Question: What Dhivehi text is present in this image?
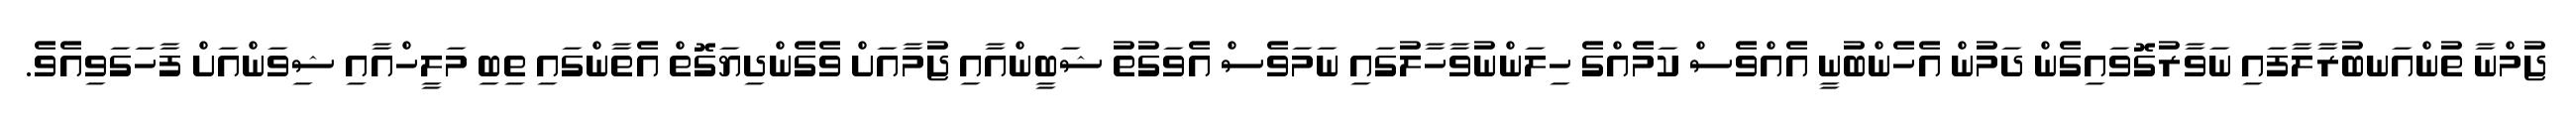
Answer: ޖުމްނާ ތުންއަނބުރާލާފައި ނަވާރުގޮވައިގެން ދަމުން އެހެންބުނީ އެއްވެސް ކަމެއްގެ ހިލަންނުވާހާލުގައި ނަމަވެސް އެވަގުތު ޝަބީންއާއި ޖުމާއަށް ވެގެންދިޔަގޮތް އެތާންގައި ތިބި މަލީހްއާއި ޝިވަންއަށް ފާހަގަވިއެވެ.